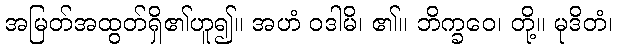
အမြတ်အထွတ်ရှိ၏ဟူ၍။ အဟံ ဝဒါမိ၊ ၏။ ဘိက္ခဝေ၊ တို့။ မုဒိတံ၊